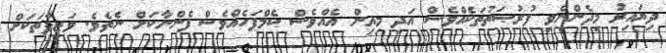
ދިޔައިރު މިދެންނެވި ފުރުޞަތުތަކެއްވެސް އަދި މިއިން އެއްވެސް ކެމްޕަހެއްވެސް ފެންނާކަށް ނެތެވެ. ވަޒީފާތަކަށް